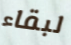
لبقاء